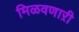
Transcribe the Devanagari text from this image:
मिळवणाऱी